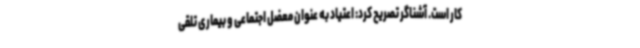
کار است. آشناگر تصریح کرد: اعتیاد به عنوان معضل اجتماعی و بیماری تلقی